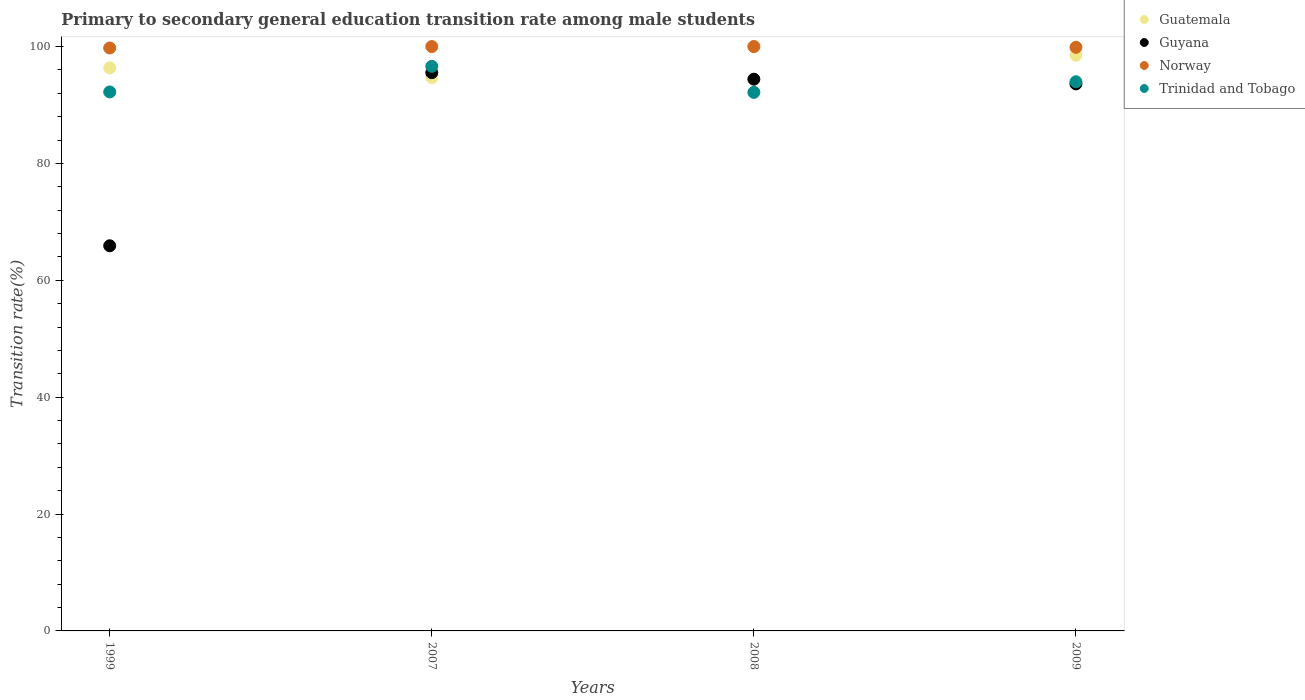
| Years | Guatemala | Guyana | Norway | Trinidad and Tobago |
 | --- | --- | --- | --- | --- |
 | 1999 | 96.4 | 65.9 | 99.8 | 92.2 |
 | 2007 | 94.7 | 95.5 | 100 | 96.6 |
 | 2008 | 100 | 94.4 | 100 | 92.2 |
 | 2009 | 98.5 | 93.6 | 99.9 | 94 |